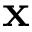
\mathbf x